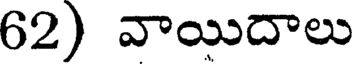
62) వాయిదాలు